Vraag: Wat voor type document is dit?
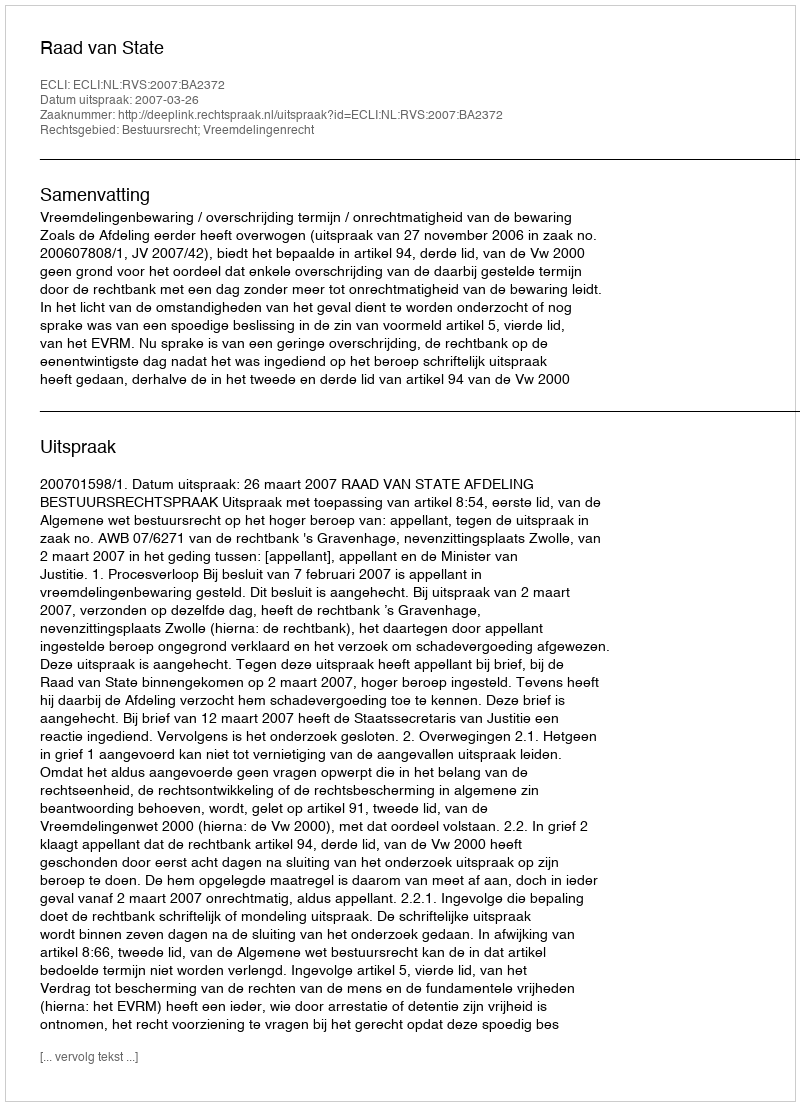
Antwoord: Uitspraak